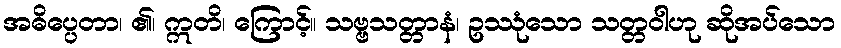
အဓိပ္ပေတာ၊ ၏၊ ဣတိ၊ ကြောင့်။ သဗ္ဗသတ္တာနံ၊ ဥဿုံသော သတ္တဝါဟု ဆိုအပ်သော